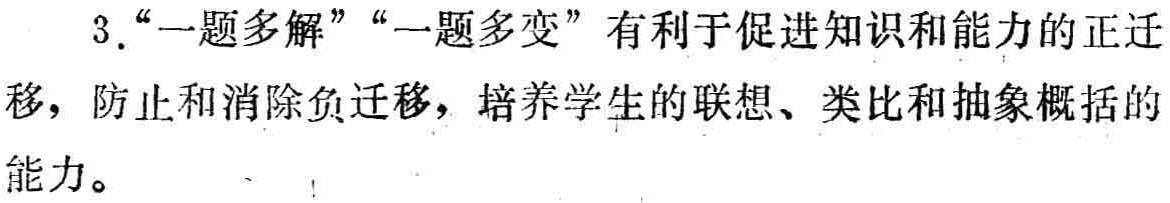
3.“一题多解”“一题多变”有利于促进知识和能力的正迁移，防止和消除负迁移，培养学生的联想、类比和抽象概括的能力。